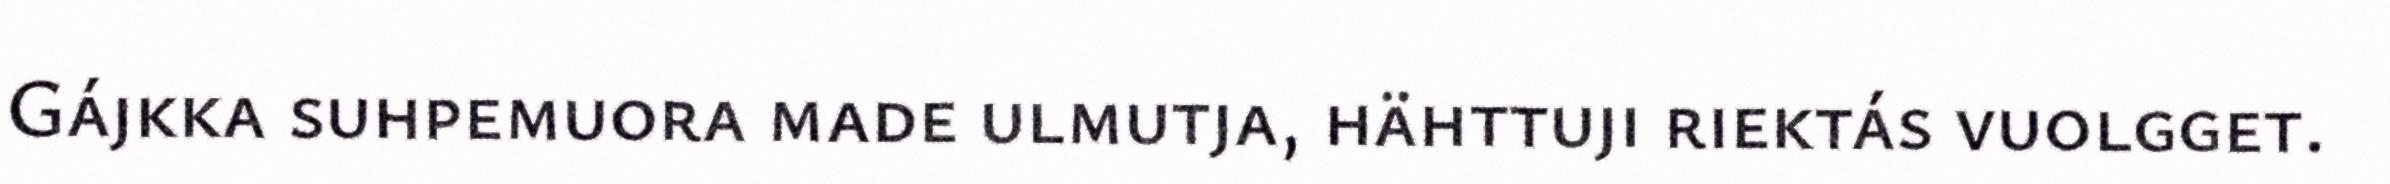
Gájkka suhpemuora made ulmutja, hähttuji riektás vuolgget.